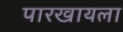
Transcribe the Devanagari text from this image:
पारखायला